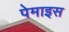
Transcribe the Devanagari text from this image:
पेमाइस